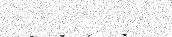
٩٧